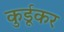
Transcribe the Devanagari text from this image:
कुर्डूकर